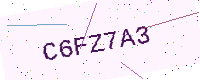
Text: C6FZ7A3